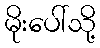
မိုးပေါ်သို့